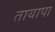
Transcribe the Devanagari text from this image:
तायापा